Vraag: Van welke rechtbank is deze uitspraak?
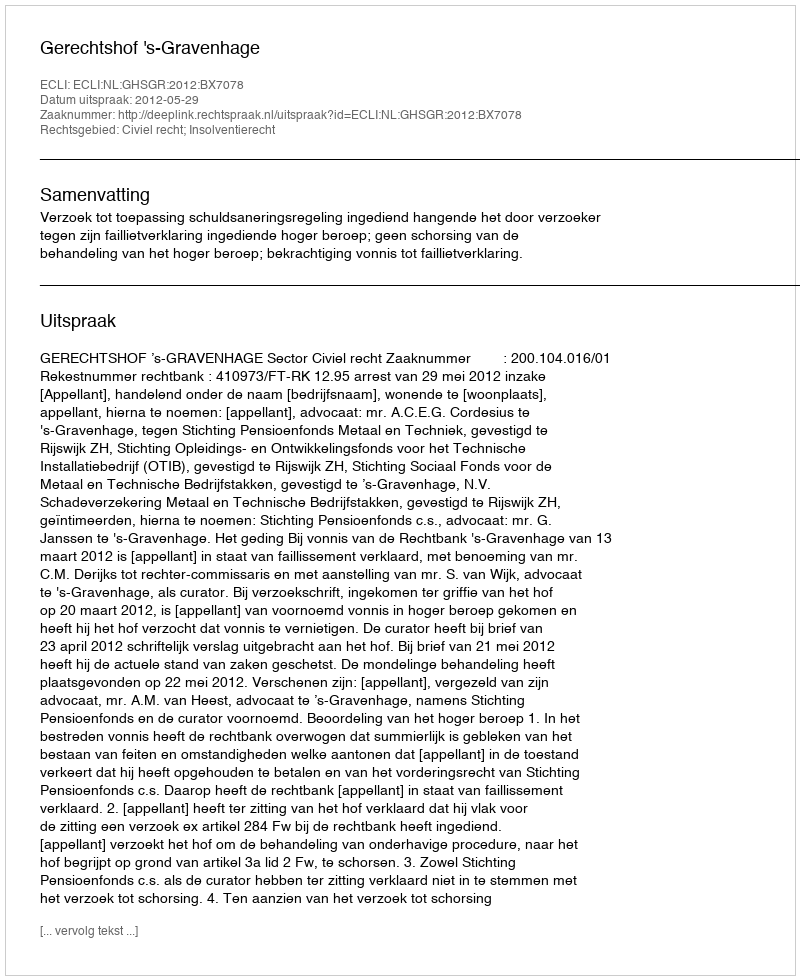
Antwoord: Gerechtshof 's-Gravenhage